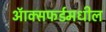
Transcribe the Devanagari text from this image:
ऑक्‍सफर्डमधील